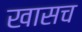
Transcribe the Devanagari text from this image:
खासच